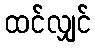
ထင်လျှင်